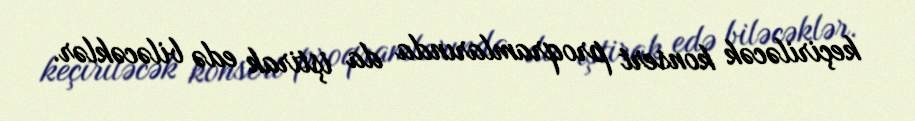
keçiriləcək konsert proqramlarında da iştirak edə biləcəklər.